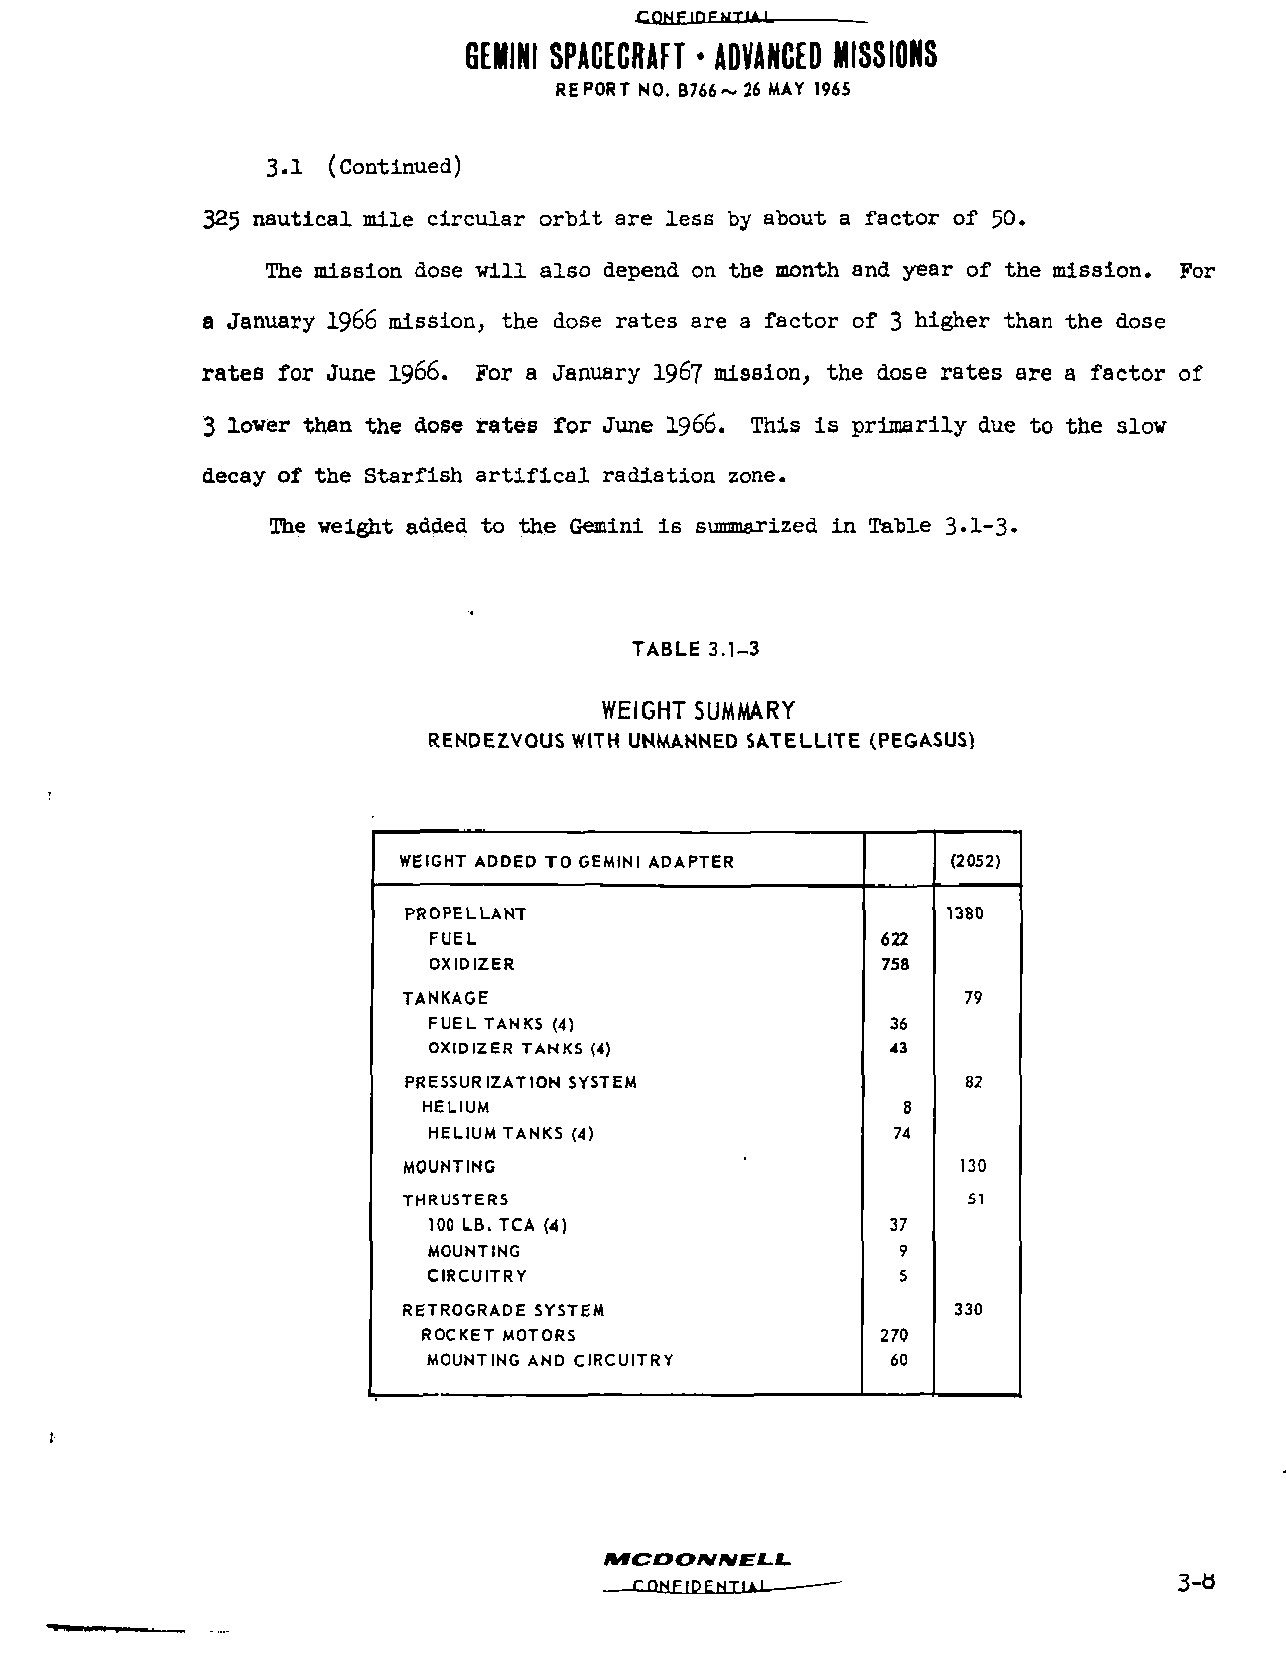
rnKjPinPMTLtJ  .
 GEMINI SPACECRAFT * ADVANCED MISSIONS
 REPORT NO. B766~ 26 MAY 196S
 3.1 (Continued)
 325 nautical mile circular orbit are less by about a factor of 50.
 The mission dose will also depend on the month and year of the mission. For
 a January 1966 mission, the dose rates are a factor of 3 higher than the dose
 rates for June 1966. For a January 1967 mission, the dose rates are a factor of
 3 lower than the dose rates for June I966. This is primarily due to the slow
 decay of the Starfish artifical radiation zone.
 The weight added to the Gemini is summarized in Table 3«l-3«
 TABLE 3.1-3
 WEIGHT SUMMARY
 RENDEZVOUS WITH UNMANNED SATELLITE (PEGASUS)
 WEIGHT ADDED TO GEMINI ADAPTER       (2052)
 PROPELLANT                          1380
 FUEL                          622
 OXIDIZER                      758
 TANKAGE                              79
 FUEL TANKS (4)                 36
 OXIDIZER TANKS (4)             43
 PRESSURIZATION SYSTEM                82
 HELIUM                          8
 HELIUM TANKS (4)               74
 MOUNTING                            130
 THRUSTERS                            51
 100 LB. TCA (4)                37
 MOUNTING                       9
 CIRCUITRY                      5
 RETROGRADE SYSTEM                   330
 ROCKET MOTORS                 270
 MOUNTING AND CIRCUITRY         60
 MCDONNELL.
 CONFIDENTS                          3-0"